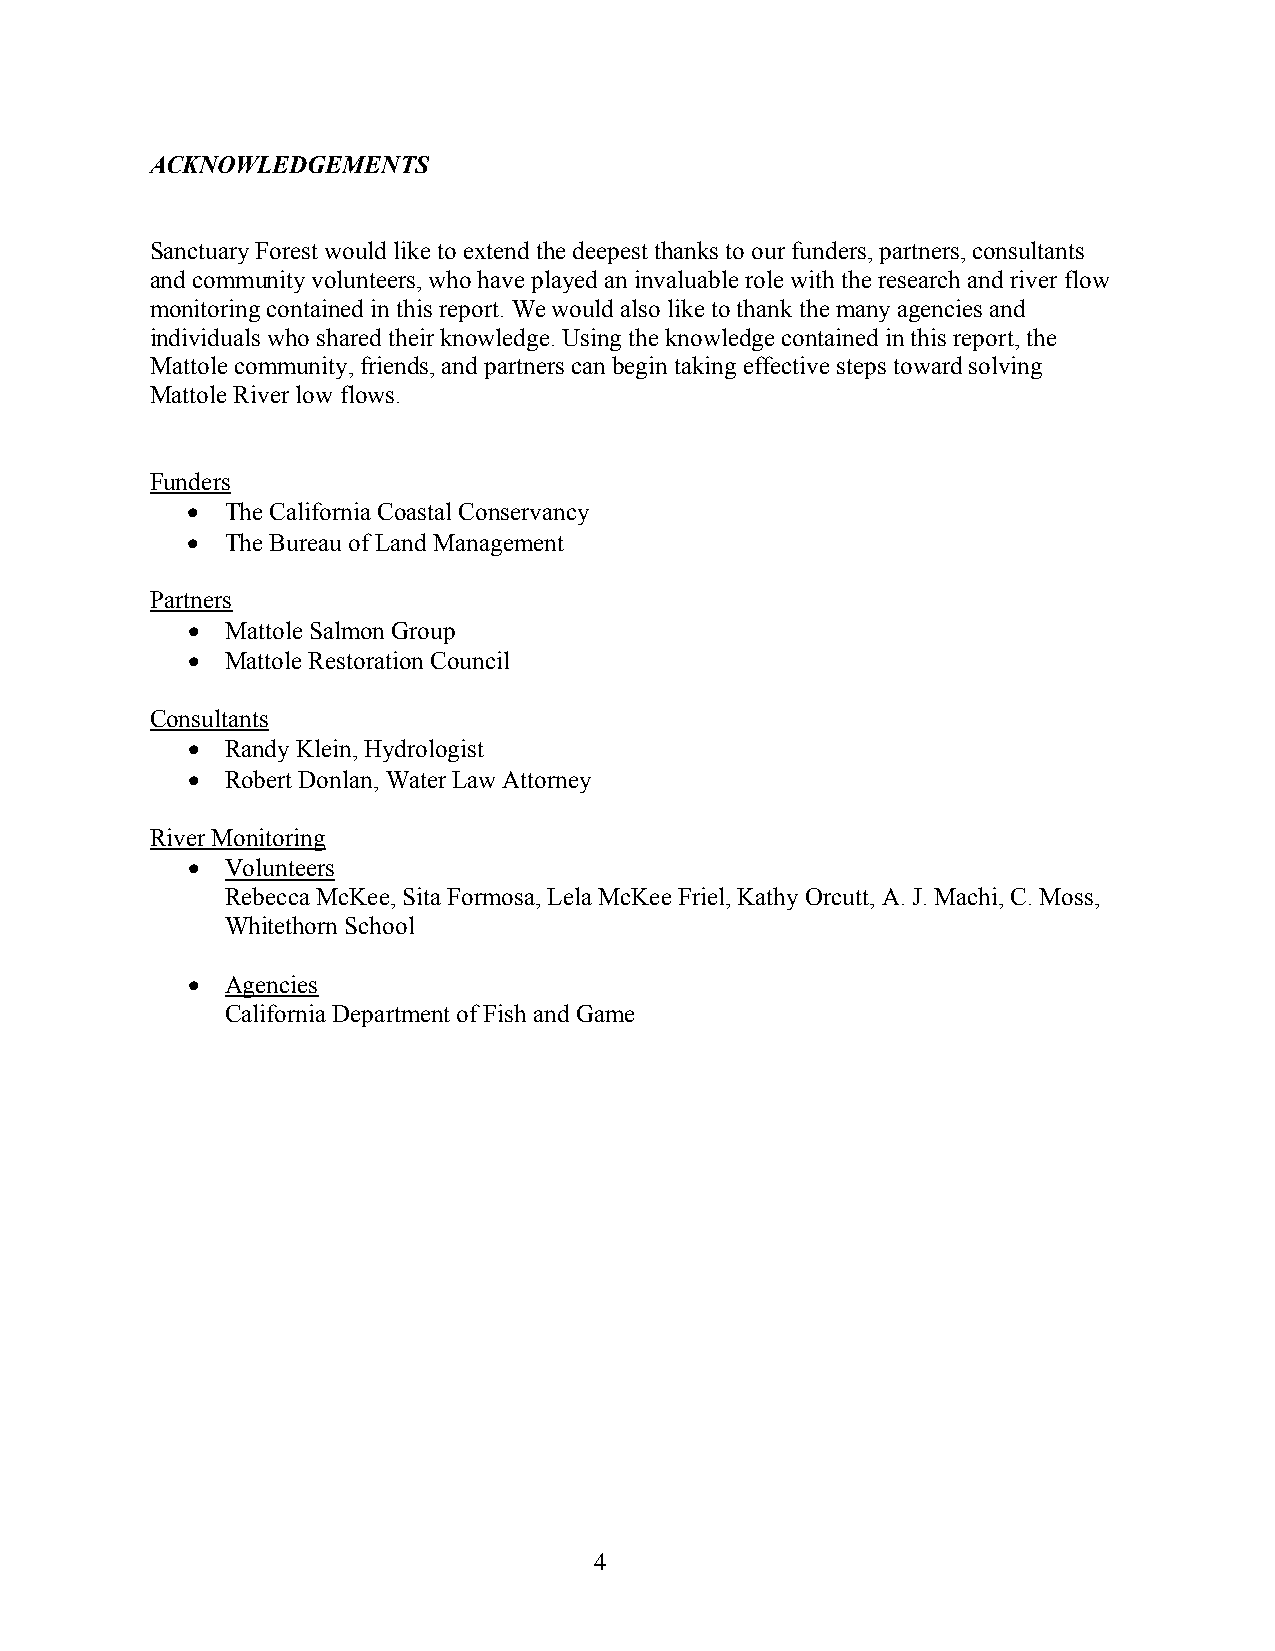
ACKNOWLEDGEMENTS
 Sanctuary Forest would like to extend the deepest thanks to our funders, partners, consultants
 and community volunteers, who have played an invaluable role with the research and river flow
 monitoring contained in this report. We would also like to thank the many agencies and
 individuals who shared their knowledge. Using the knowledge contained in this report, the
 Mattole community, friends, and partners can begin taking effective steps toward solving
 Mattole River low flows.
 Funders
 •  The California Coastal Conservancy
 •  The Bureau of Land Management
 Partners
 •  Mattole Salmon Group
 •  Mattole Restoration Council
 Consultants
 •  Randy Klein, Hydrologist
 •  Robert Donlan, Water Law Attorney
 River Monitoring
 •  Volunteers
 Rebecca McKee, Sita Formosa, Lela McKee Friel, Kathy Orcutt, A. J. Machi, C. Moss,
 Whitethorn School
 •  Agencies
 California Department of Fish and Game
 4